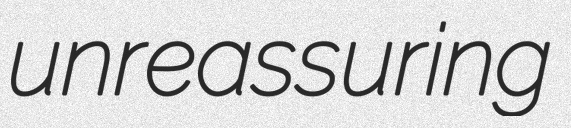
unreassuring